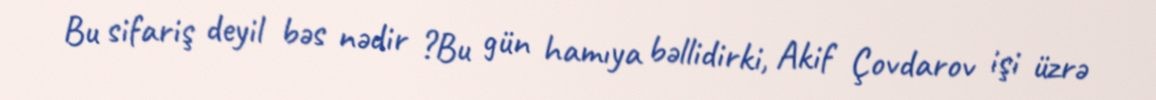
Bu sifariş deyil bəs nədir ?Bu gün hamıya bəllidirki, Akif Çovdarov işi üzrə